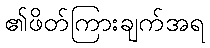
၏ဖိတ်ကြားချက်အရ